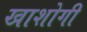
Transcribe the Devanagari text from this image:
खाशोगी